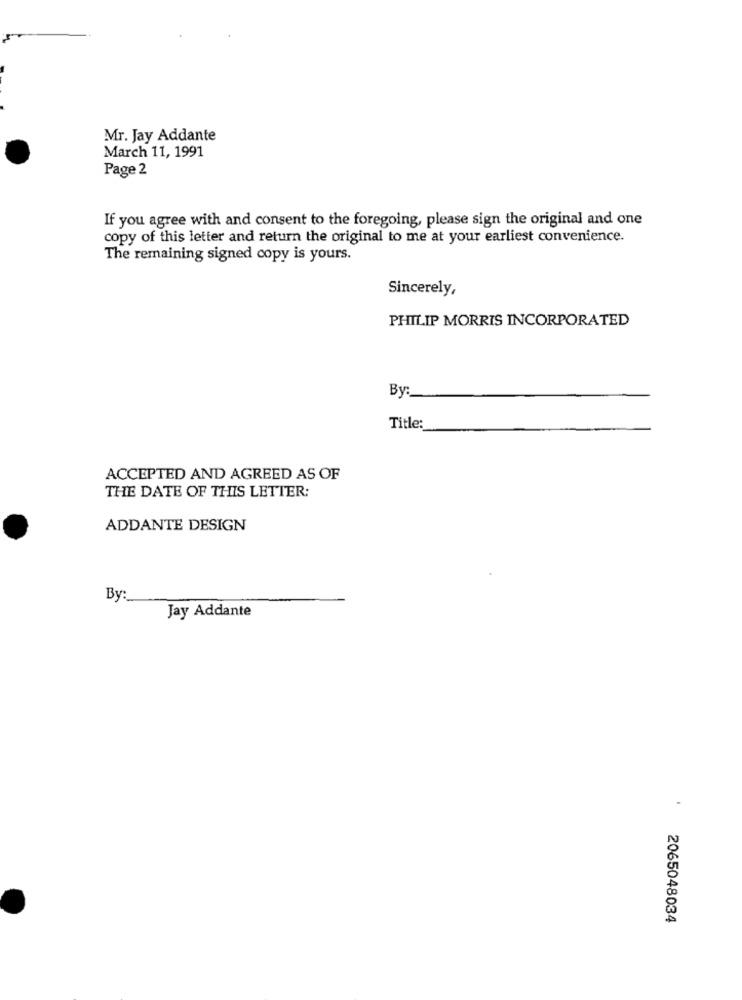
Mr. Jay Addante
March 11, 1991
Page 2
If you agree with and consent to the foregoing, please sign the original and one
copy of this letter and return the original to me at your earliest convenience.
The remaining signed copy is yours.
Sincerely,
PHILIP MORRIS INCORPORATED
By:
Title:
ACCEPTED AND AGREED AS OF
THE DATE OF THIS LETTER:
ADDANTE DESIGN
By
Jay Addante
-
2065048034